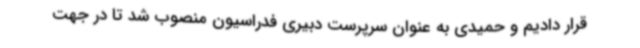
قرار دادیم و حمیدی به عنوان سرپرست دبیری فدراسیون منصوب شد تا در جهت